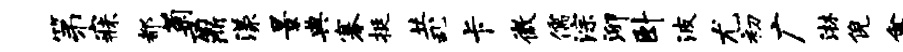
第寐都菊鼐漾景典搴挺共乱卡微儒淙泖卧波尤初广淋倪禽